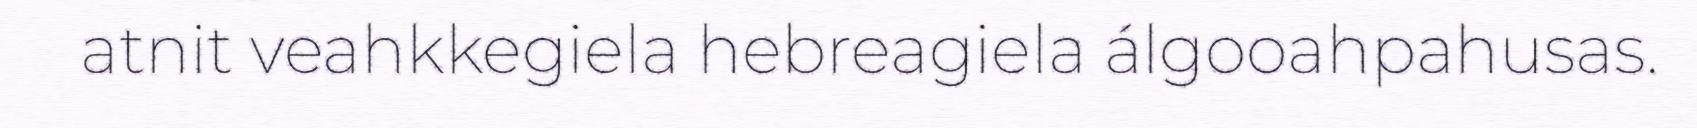
atnit veahkkegiela hebreagiela álgooahpahusas.